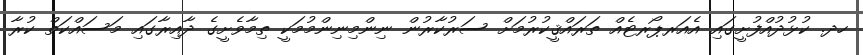
ހދ. ކުޅުދުއްފުށީގައި އެއަރޕޯރޓެއް ތަރައްޤީކުރުމަށް ސަރުކާރުން ނިންމިނިންމުމަކީ ތިމާވެށީގެ ދާއިރާގައި މަސައްކަތް ކުރާ